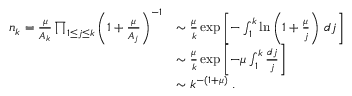
\begin{array} { r l } { n _ { k } = \frac { \mu } { A _ { k } } \prod _ { 1 \leq j \leq k } \left( 1 + \frac { \mu } { A _ { j } } \right) ^ { - 1 } } & { \sim \frac { \mu } { k } \exp \left[ - \int _ { 1 } ^ { k } \ln \left( 1 + \frac { \mu } { j } \right) \, d j \right] } \\ & { \sim \frac { \mu } { k } \exp \left[ - \mu \int _ { 1 } ^ { k } \frac { d j } { j } \right] } \\ & { \sim k ^ { - ( 1 + \mu ) } ~ . } \end{array}